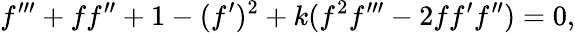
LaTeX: f^{\prime\prime\prime}+ff^{\prime\prime}+1-(f^{\prime})^{2}+k(f^{2}f^{\prime\prime\prime}-2ff^{\prime}f^{\prime\prime})=0,